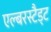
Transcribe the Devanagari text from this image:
एल्बरस्टैड्ट